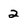
Character: 2